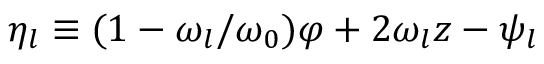
\eta _ { l } \equiv ( 1 - \omega _ { l } / \omega _ { 0 } ) \varphi + 2 \omega _ { l } z - \psi _ { l }